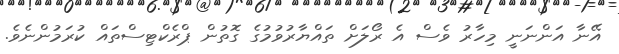
އޭނާ އަންނަނީ މިހާރު ވެސް އެ ރޯލަށް ތައްޔާރުވުމުގެ ގޮތުން ޕްރެކްޓިސްތައް ކުރަމުންނެވެ.